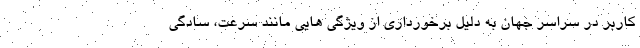
کاربر در سراسر جهان به دلیل برخورداری از ویژگی هایی مانند سرعت، سادگی